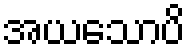
အယသောပိ